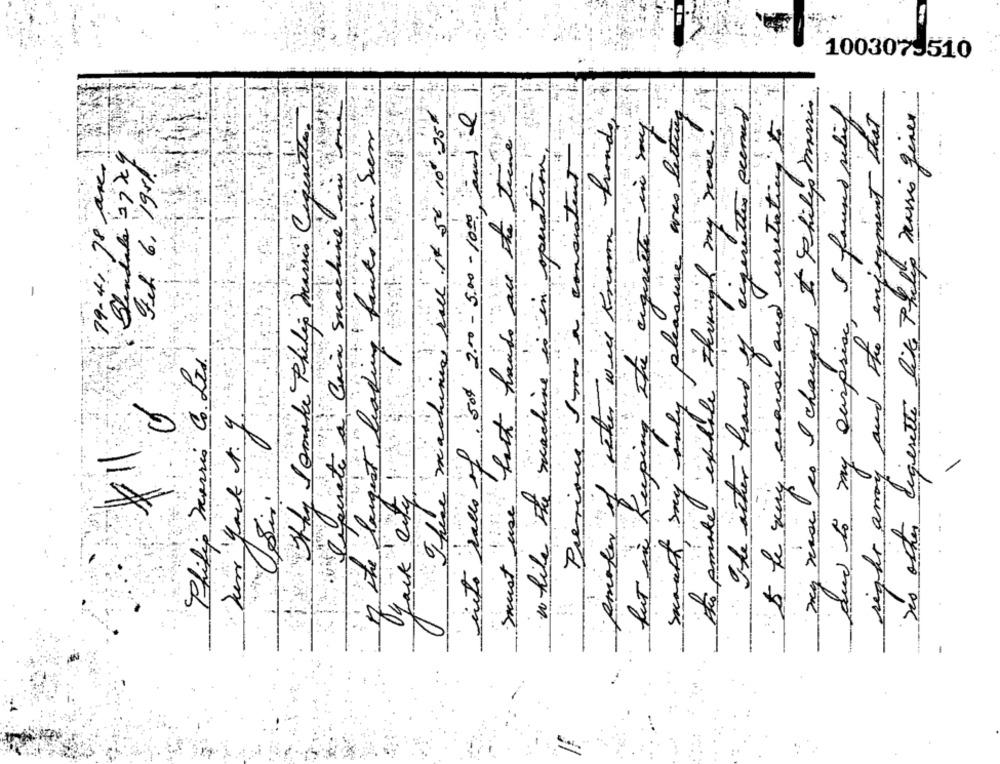
100307-510
the largest leading faits in Ser
Dey rease to I changed I Philip morris
Seperate a Cain smachine
did to my surprise, I found stif
right anoy and the enjoyment that
Des ocher digesette like Philip mussis giver
fast hands are the tiene
fonds
pleasure wes letting
the ring chaise and urelating to
make exhale through my weer.
.. .
into rales of sol 2.00 - 5.00-100
operation.
Fel 6, 195/
79-4/ 78 ares
content
using the ciqueste no
Previous 1 mi a concia
smoker of icher will know
Thy Tomake Philip marsis
while the machine is in of
The other hand of eager
smarth, say only pl
These machine
Philip morris Co. Les
Den Jack A. y .
Thank city
use
of the
fut in
4
Smest